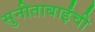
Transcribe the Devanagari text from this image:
सुनीताबाईंची